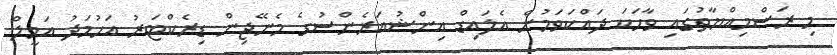
މި ރަސްމިއްޔާތުގައި ވާހަކަ ދައްކަވަމުން އެލައިޑް އިންޝުއަރެންސުގެ މެނޭޖިން ޑިރެކްޓަރު އަހުމަދު އަމީލް